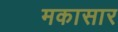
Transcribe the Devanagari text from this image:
मकासार